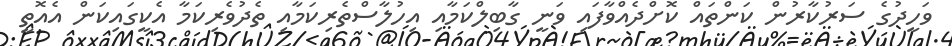
ވަހީދުގެ ސަރުކާރުން ކަންތައް ކޮށްދެއްވާފައި ވަނީ ގާބިލްކަމާއި އިހުލާސްތެރިކަމާއި ތެދުވެރިކަމާ އެކީގައިކަން އެއޮތީ